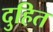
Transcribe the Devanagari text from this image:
दुहित